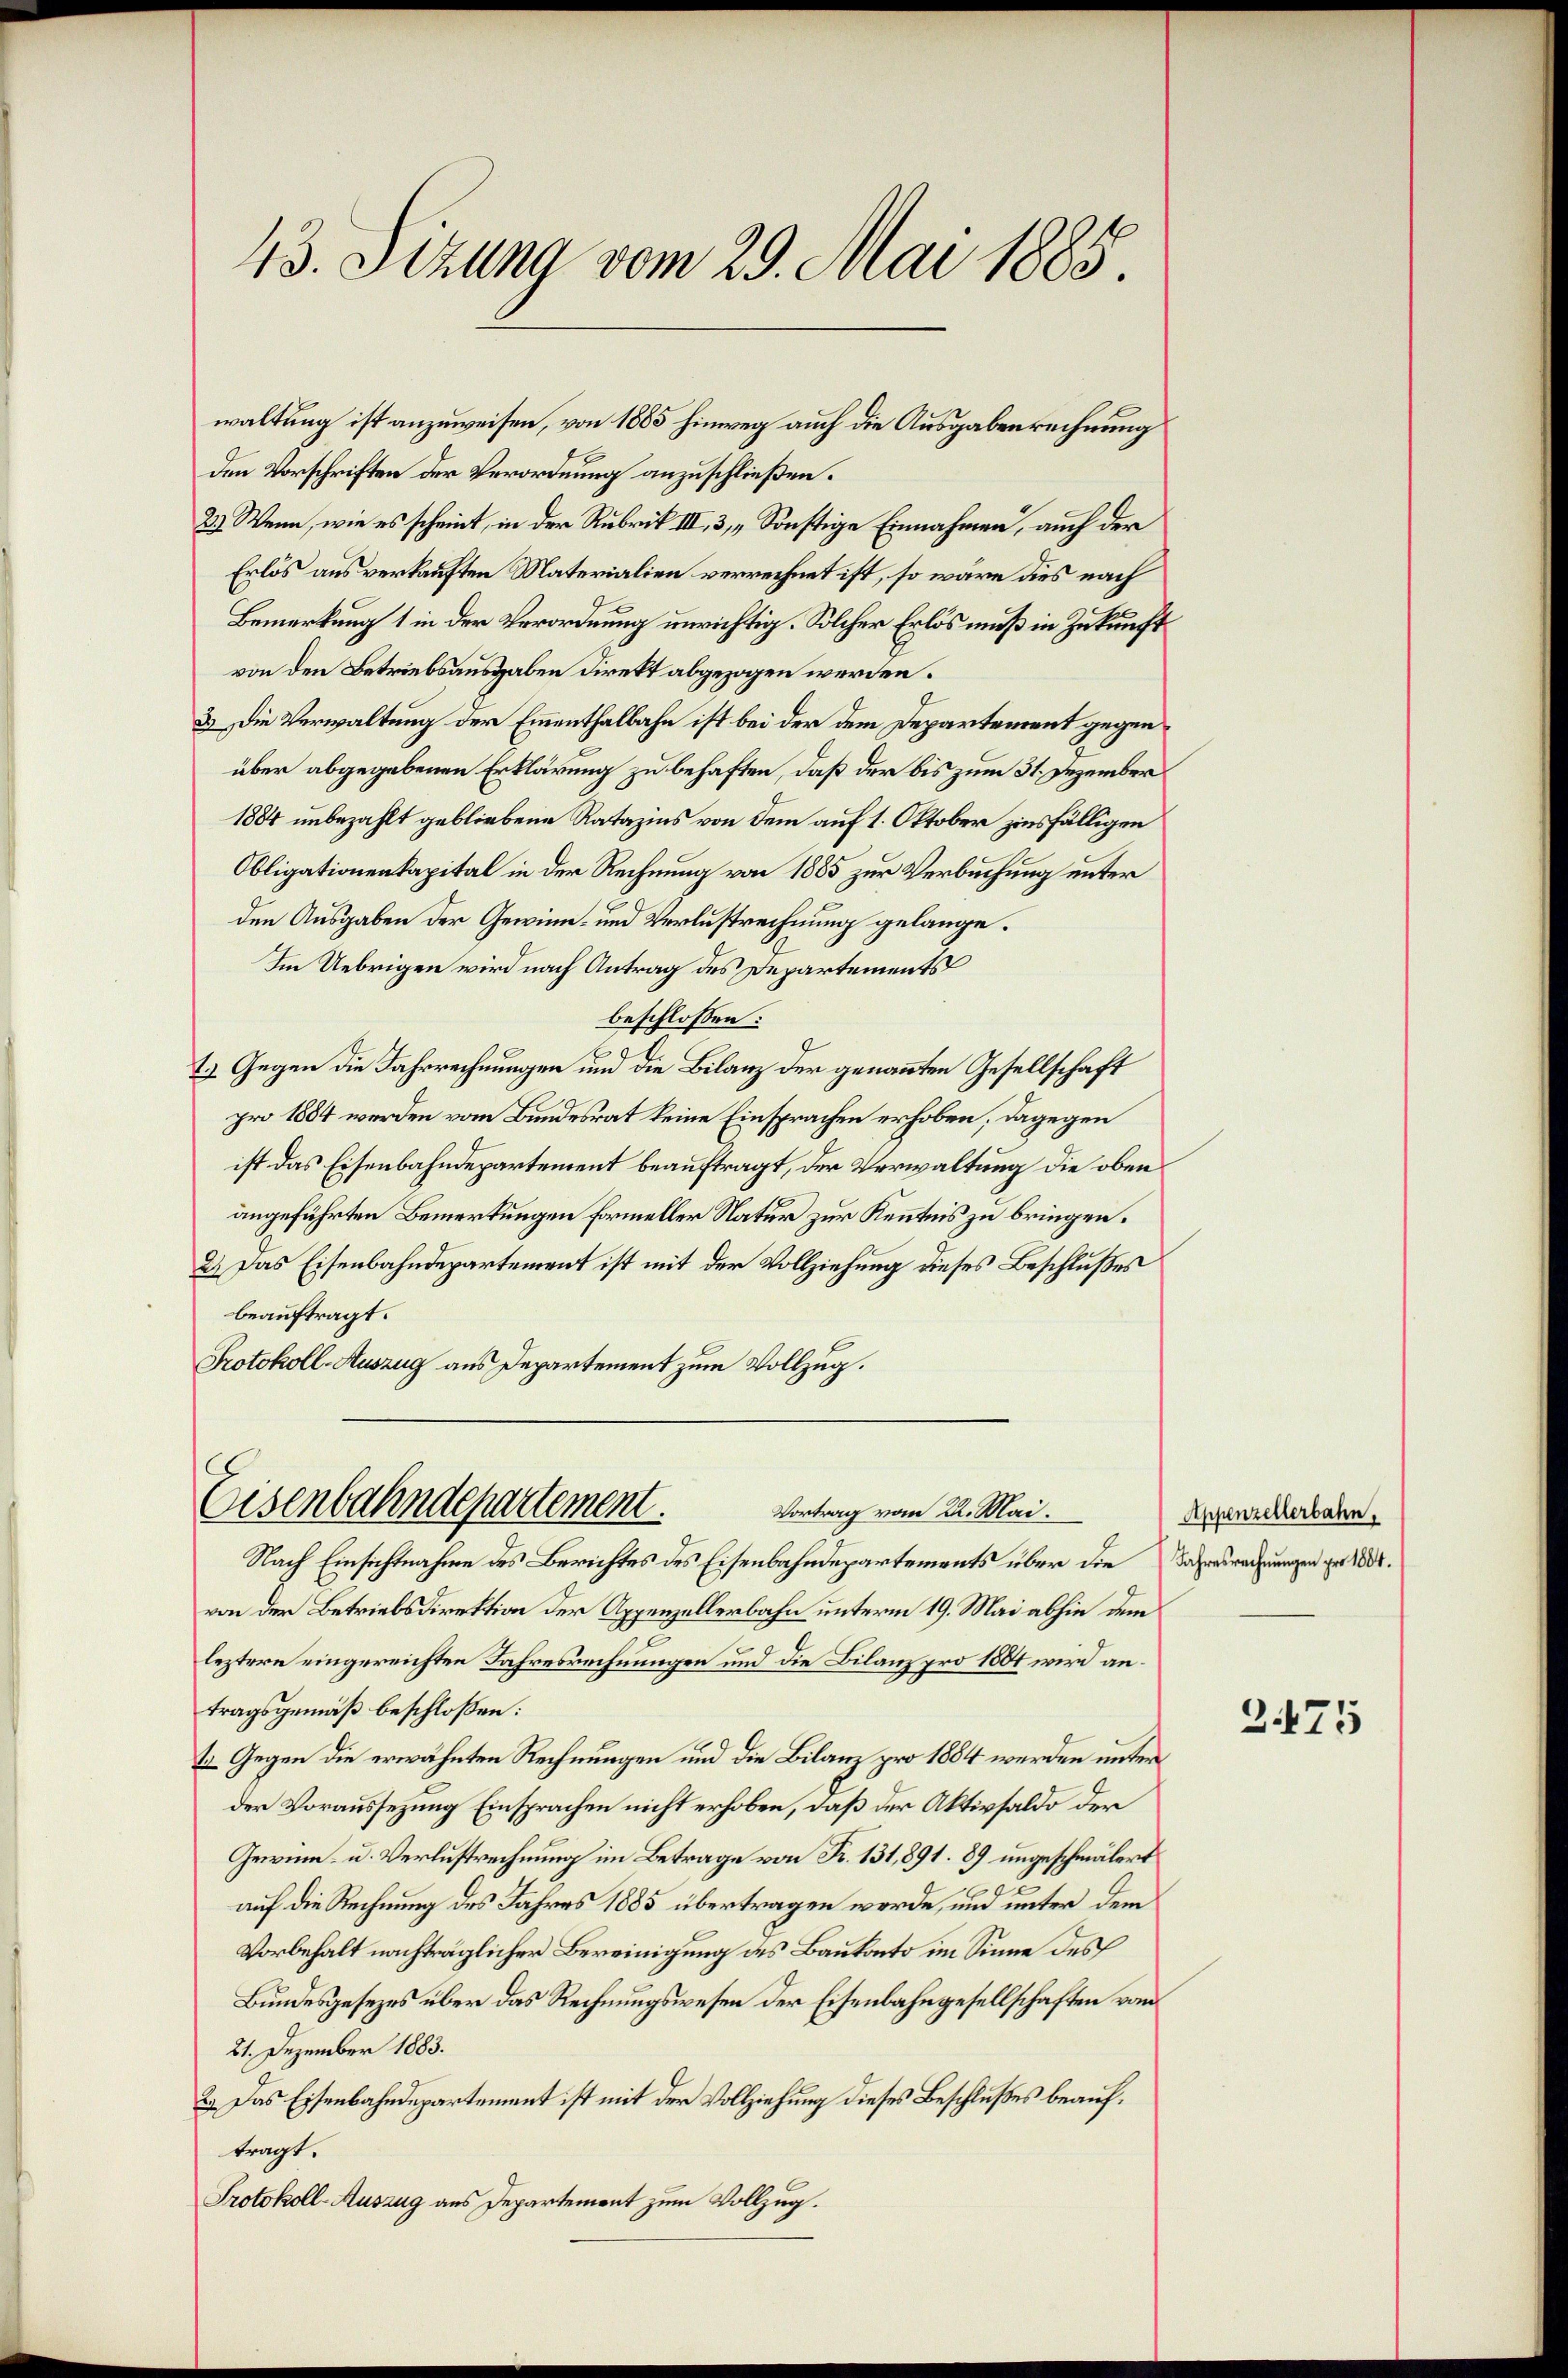
43. Sizung vom 29. Mai 1885.

waltung ist anzuweisen, von 1885 hinweg auch die Ausgabenrechnung
den Vorschriften der Verordnung anzuschließen.
2.) Wenn, wie es scheint, in der Rubrik III, 3, „Sonstige Einnahmen, auch der
Erlös aus verkauften Materialien verrechnet ist, so wäre dies nach
Bemerkung 1 in der Verordnung unrichtig. Solcher Erlös muß in Zukunft
von den Betriebsausgaben direkt abgezogen werden.
3. Die Verwaltung der Emmenthalbahn ist bei der dem Departement gegenüber abgegebenen Erklärung zu behaften, daß der bis zum 31. Dezember
1884 unbezahlt gebliebene Ratazins von dem auf 1. Oktober zinsfälligen
Obligationenkapital in der Rechnung von 1885 zur Verbuchung unter
den Ausgaben der Gewinn- und Verlustrechnung gelange.
Im Uebrigen wird nach Antrag des Departements
beschlossen:
E
1.) Gegen die Fahrrechnungen und die Bilanz der genannten Gesellschaft
pro 1884 werden vom Bundesrat keine Einsprachen erhoben, dagegen
ist das Eisenbahndepartement beauftragt, der Verwaltung die oben
angeführten Bemerkungen formeller Natur zur Kenntnis zu bringen.
2.) Das Eisenbahndepartement ist mit der Vollziehung dieses Beschlußes
beauftragt.
Protokoll-Auszug aus Departement zum Vollzug.
Eisenbahndepartement.
Vortrag vom 22. Mai.
Nach Einsichtnahme des Berichtes des Eisenbahndepartements über die Jahresrechnungen pro 18.
von der Betriebsdirektion der Appenzellerbahn unterm 19. Mai abhin dem
leztere eingereichten Jahresrechnungen und die Bilanz pro 1884 wird antragsgemäß beschloßen:
1r Gegen die erwähnten Rechnungen und die Bilanz pro 1884 werden unter
der Voraussezung Einsprachen nicht erhoben, daß der Aktivsaldo der
Gewinn- u. Verlustrechnung im Betrage von Fr. 131,891. 89 ungeschmälert
9
auf die Rechnung des Jahres 1885 übertragen werde, um unter dem
Vorbehalt nachträglicher Bereinigung des Baukonto im Sinne des
Bundesgesezes über das Rechnungswesen der Eisenbahngesellschaften vom
21. Dezember 1883.
2.) Das Eisenbahndepartement ist mit der Vollziehung dieses Beschlußes beauftragt.
Protokoll-Auszug aus Departement zum Vollzug.

Appenzellerbahn.

2475